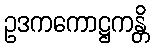
ဥဒကကောဋ္ဌကန္တိ